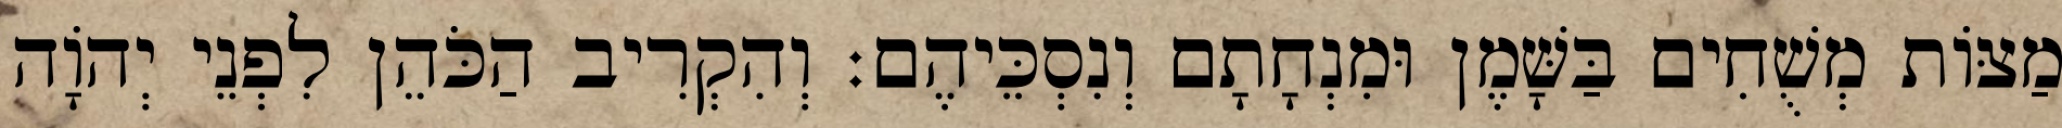
מַצּוֹת מְשֻׁחִים בַּשָּׁמֶן וּמִנְחָתָם וְנִסְכֵּיהֶם׃ וְהִקְרִיב הַכֹּהֵן לִפְנֵי יְהוָֹה